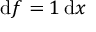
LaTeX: { \mathrm { d } } f = 1 \, { \mathrm { d } } x